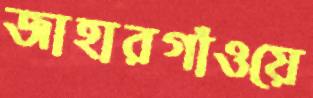
জাহারগাঁওয়ে